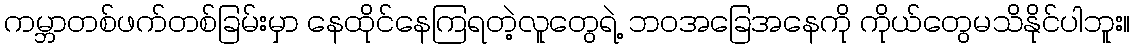
ကမ္ဘာတစ်ဖက်တစ်ခြမ်းမှာ နေထိုင်နေကြရတဲ့လူတွေရဲ့ ဘဝအခြေအနေကို ကိုယ်တွေမသိနိုင်ပါဘူး။